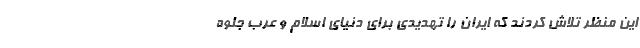
این منظر تلاش کردند که ایران را تهدیدی برای دنیای اسلام و عرب جلوه